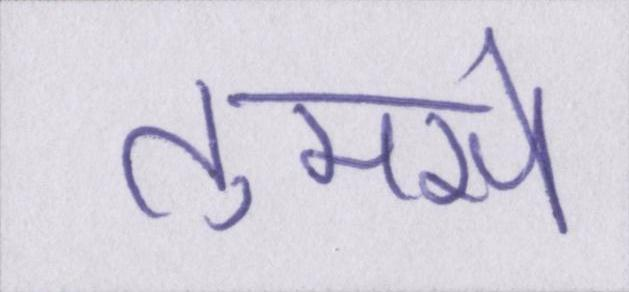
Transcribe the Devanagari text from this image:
तुमसे